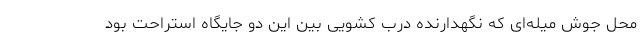
محل جوش میله‌ای که نگهدارنده درب کشویی بین این دو جایگاه استراحت بود